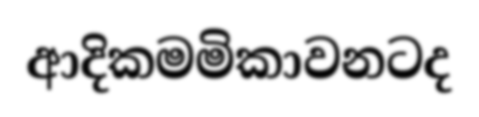
ආදිකමමිකාවනටද